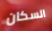
السكان